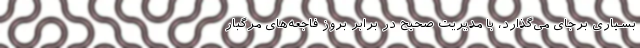
بسیاری برجای می‌گذارد، با مدیریت صحیح در برابر بروز فاجعه‌های مرگبار